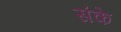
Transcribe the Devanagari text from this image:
संके